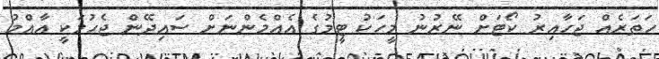
ހަތަރެއް ޖަހާއިރު ކޯޓަށް ނޭރުނު މީހަކު ޓީމުގެ އެއްމެންނަށް ސައިދޭން ޖެހުމަކީ އާއްމު